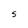
Character: S